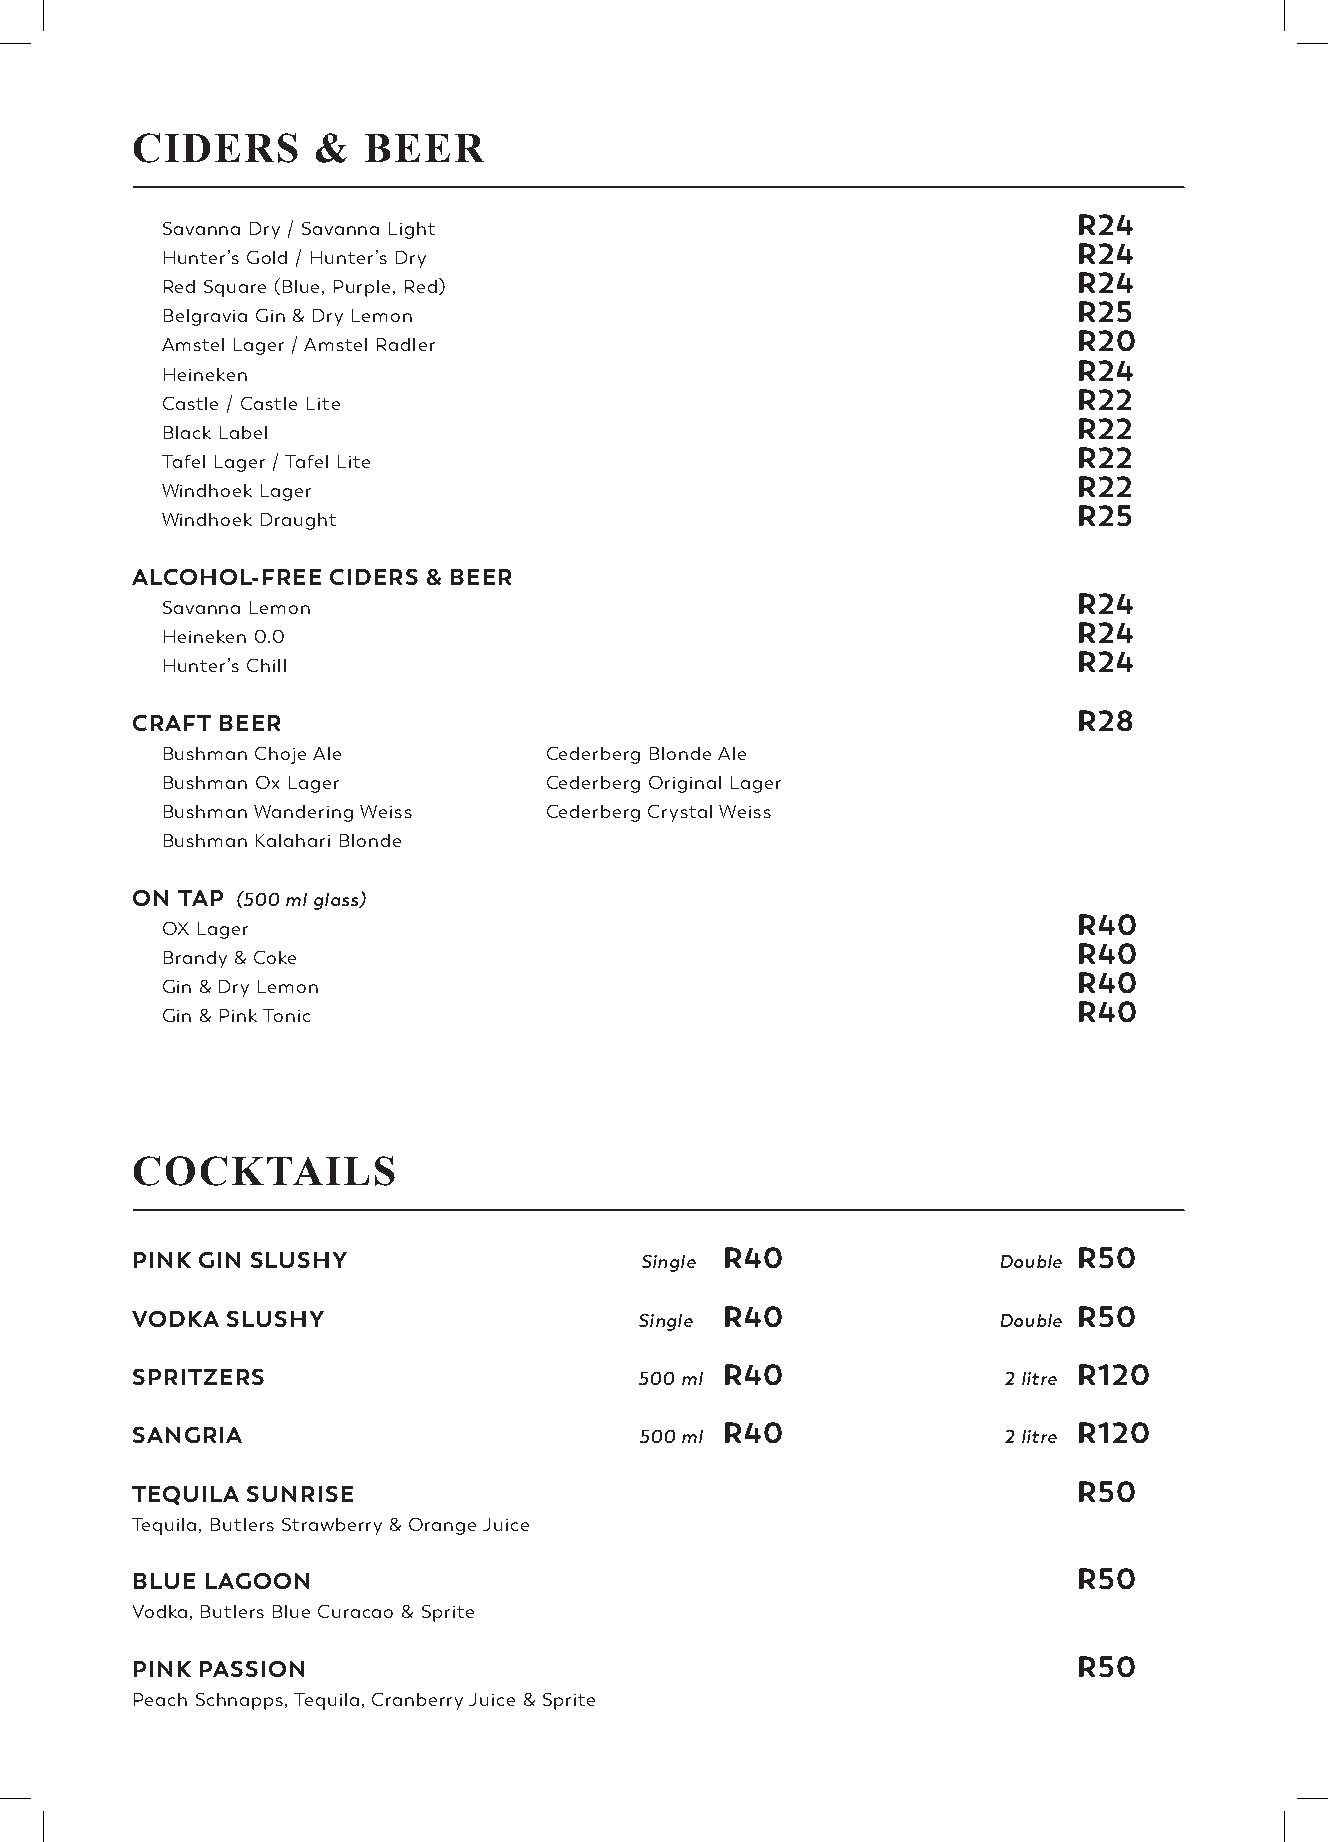
CIDERS      &  BEER
 _________________________________________________________________________________________
 R24
 Savanna Dry / Savanna Light
 R24
 Hunter’s Gold / Hunter’s Dry
 R24
 Red Square (Blue, Purple, Red)
 R25
 Belgravia Gin & Dry Lemon
 R20
 Amstel Lager / Amstel Radler
 R24
 Heineken
 R22
 Castle / Castle Lite
 R22
 Black Label
 R22
 Tafel Lager / Tafel Lite
 R22
 Windhoek Lager
 R25
 Windhoek Draught
 ALCOHOL-FREE CIDERS & BEER
 R24
 Savanna Lemon
 R24
 Heineken 0.0
 R24
 Hunter’s Chill
 CRAFT BEER                                                    R28
 Bushman Choje Ale        Cederberg Blonde Ale
 Bushman Ox Lager         Cederberg Original Lager
 Bushman Wandering Weiss  Cederberg Crystal Weiss
 Bushman Kalahari Blonde
 ON TAP (500 ml glass)
 R40
 OX Lager
 R40
 Brandy & Coke
 R40
 Gin & Dry Lemon
 R40
 Gin & Pink Tonic
 COCKTAILS
 _________________________________________________________________________________________
 PINK GIN SLUSHY                  Single R40              Double R50
 VODKA SLUSHY                     Single R40              Double R50
 SPRITZERS                        500 ml R40              2 litre R120
 SANGRIA                          500 ml R40              2 litre R120
 TEQUILA SUNRISE                                               R50
 Tequila, Butlers Strawberry & Orange Juice
 BLUE LAGOON                                                   R50
 Vodka, Butlers Blue Curacao & Sprite
 PINK PASSION                                                  R50
 Peach Schnapps, Tequila, Cranberry Juice & Sprite